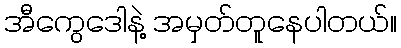
အီကွေဒေါနဲ့ အမှတ်တူနေပါတယ်။